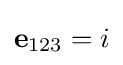
\mathbf {e} _{123}=i